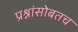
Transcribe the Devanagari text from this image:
प्रश्नांसोबतच